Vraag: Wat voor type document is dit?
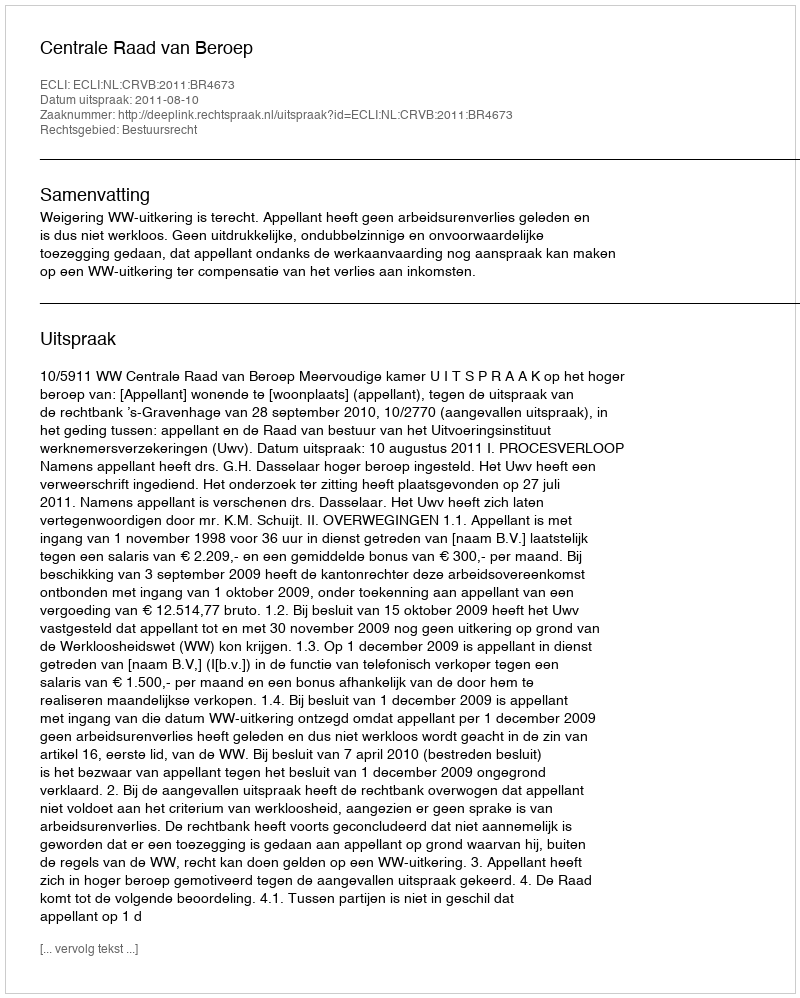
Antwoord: Uitspraak